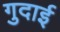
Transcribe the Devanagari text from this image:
गुदाई